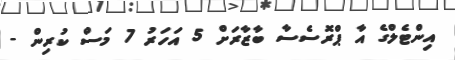
އިންޓެލްގެ އާ ޕްރޮސެސާ ބާޒާރަށް 5 އަހަރު 7 މަސް ކުރިން -